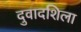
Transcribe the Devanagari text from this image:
दुवादशिला